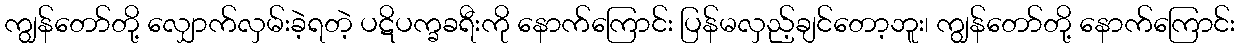
ကျွန်တော်တို့ လျှောက်လှမ်းခဲ့ရတဲ့ ပဋိပက္ခခရီးကို နောက်ကြောင်း ပြန်မလှည့်ချင်တော့ဘူး၊ ကျွန်တော်တို့ နောက်ကြောင်း